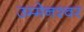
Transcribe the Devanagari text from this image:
उम्मेनश्वर